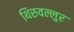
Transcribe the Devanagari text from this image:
थिरुवल्लुर